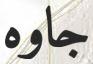
جاوه